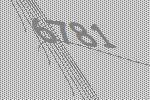
6781